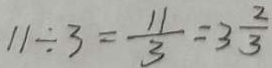
1 1 \div 3 = \frac { 1 1 } { 3 } = 3 \frac { 2 } { 3 }